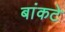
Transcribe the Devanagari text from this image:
बांकटे